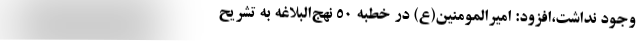
وجود نداشت،افزود: امیرالمومنین(ع) در خطبه ۵۰ نهج‌البلاغه به تشریح